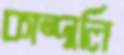
কান্দালি